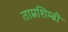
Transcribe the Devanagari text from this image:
ताम्रशिम्बी